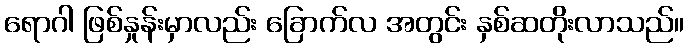
ရောဂါ ဖြစ်နှုန်းမှာလည်း ခြောက်လ အတွင်း နှစ်ဆတိုးလာသည်။